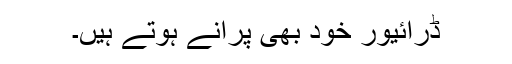
ڈرائیور خود بھی پرانے ہوتے ہیں۔